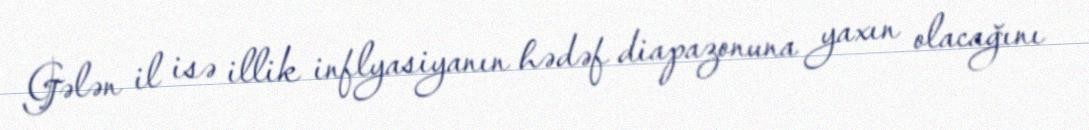
Gələn il isə illik inflyasiyanın hədəf diapazonuna yaxın olacağını